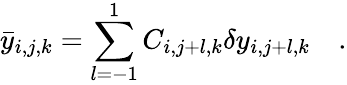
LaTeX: \bar{y}_{i,j,k}=\sum_{l=-1}^{1}C_{i,j+l,k}\delta y_{i,j+l,k}\quad.